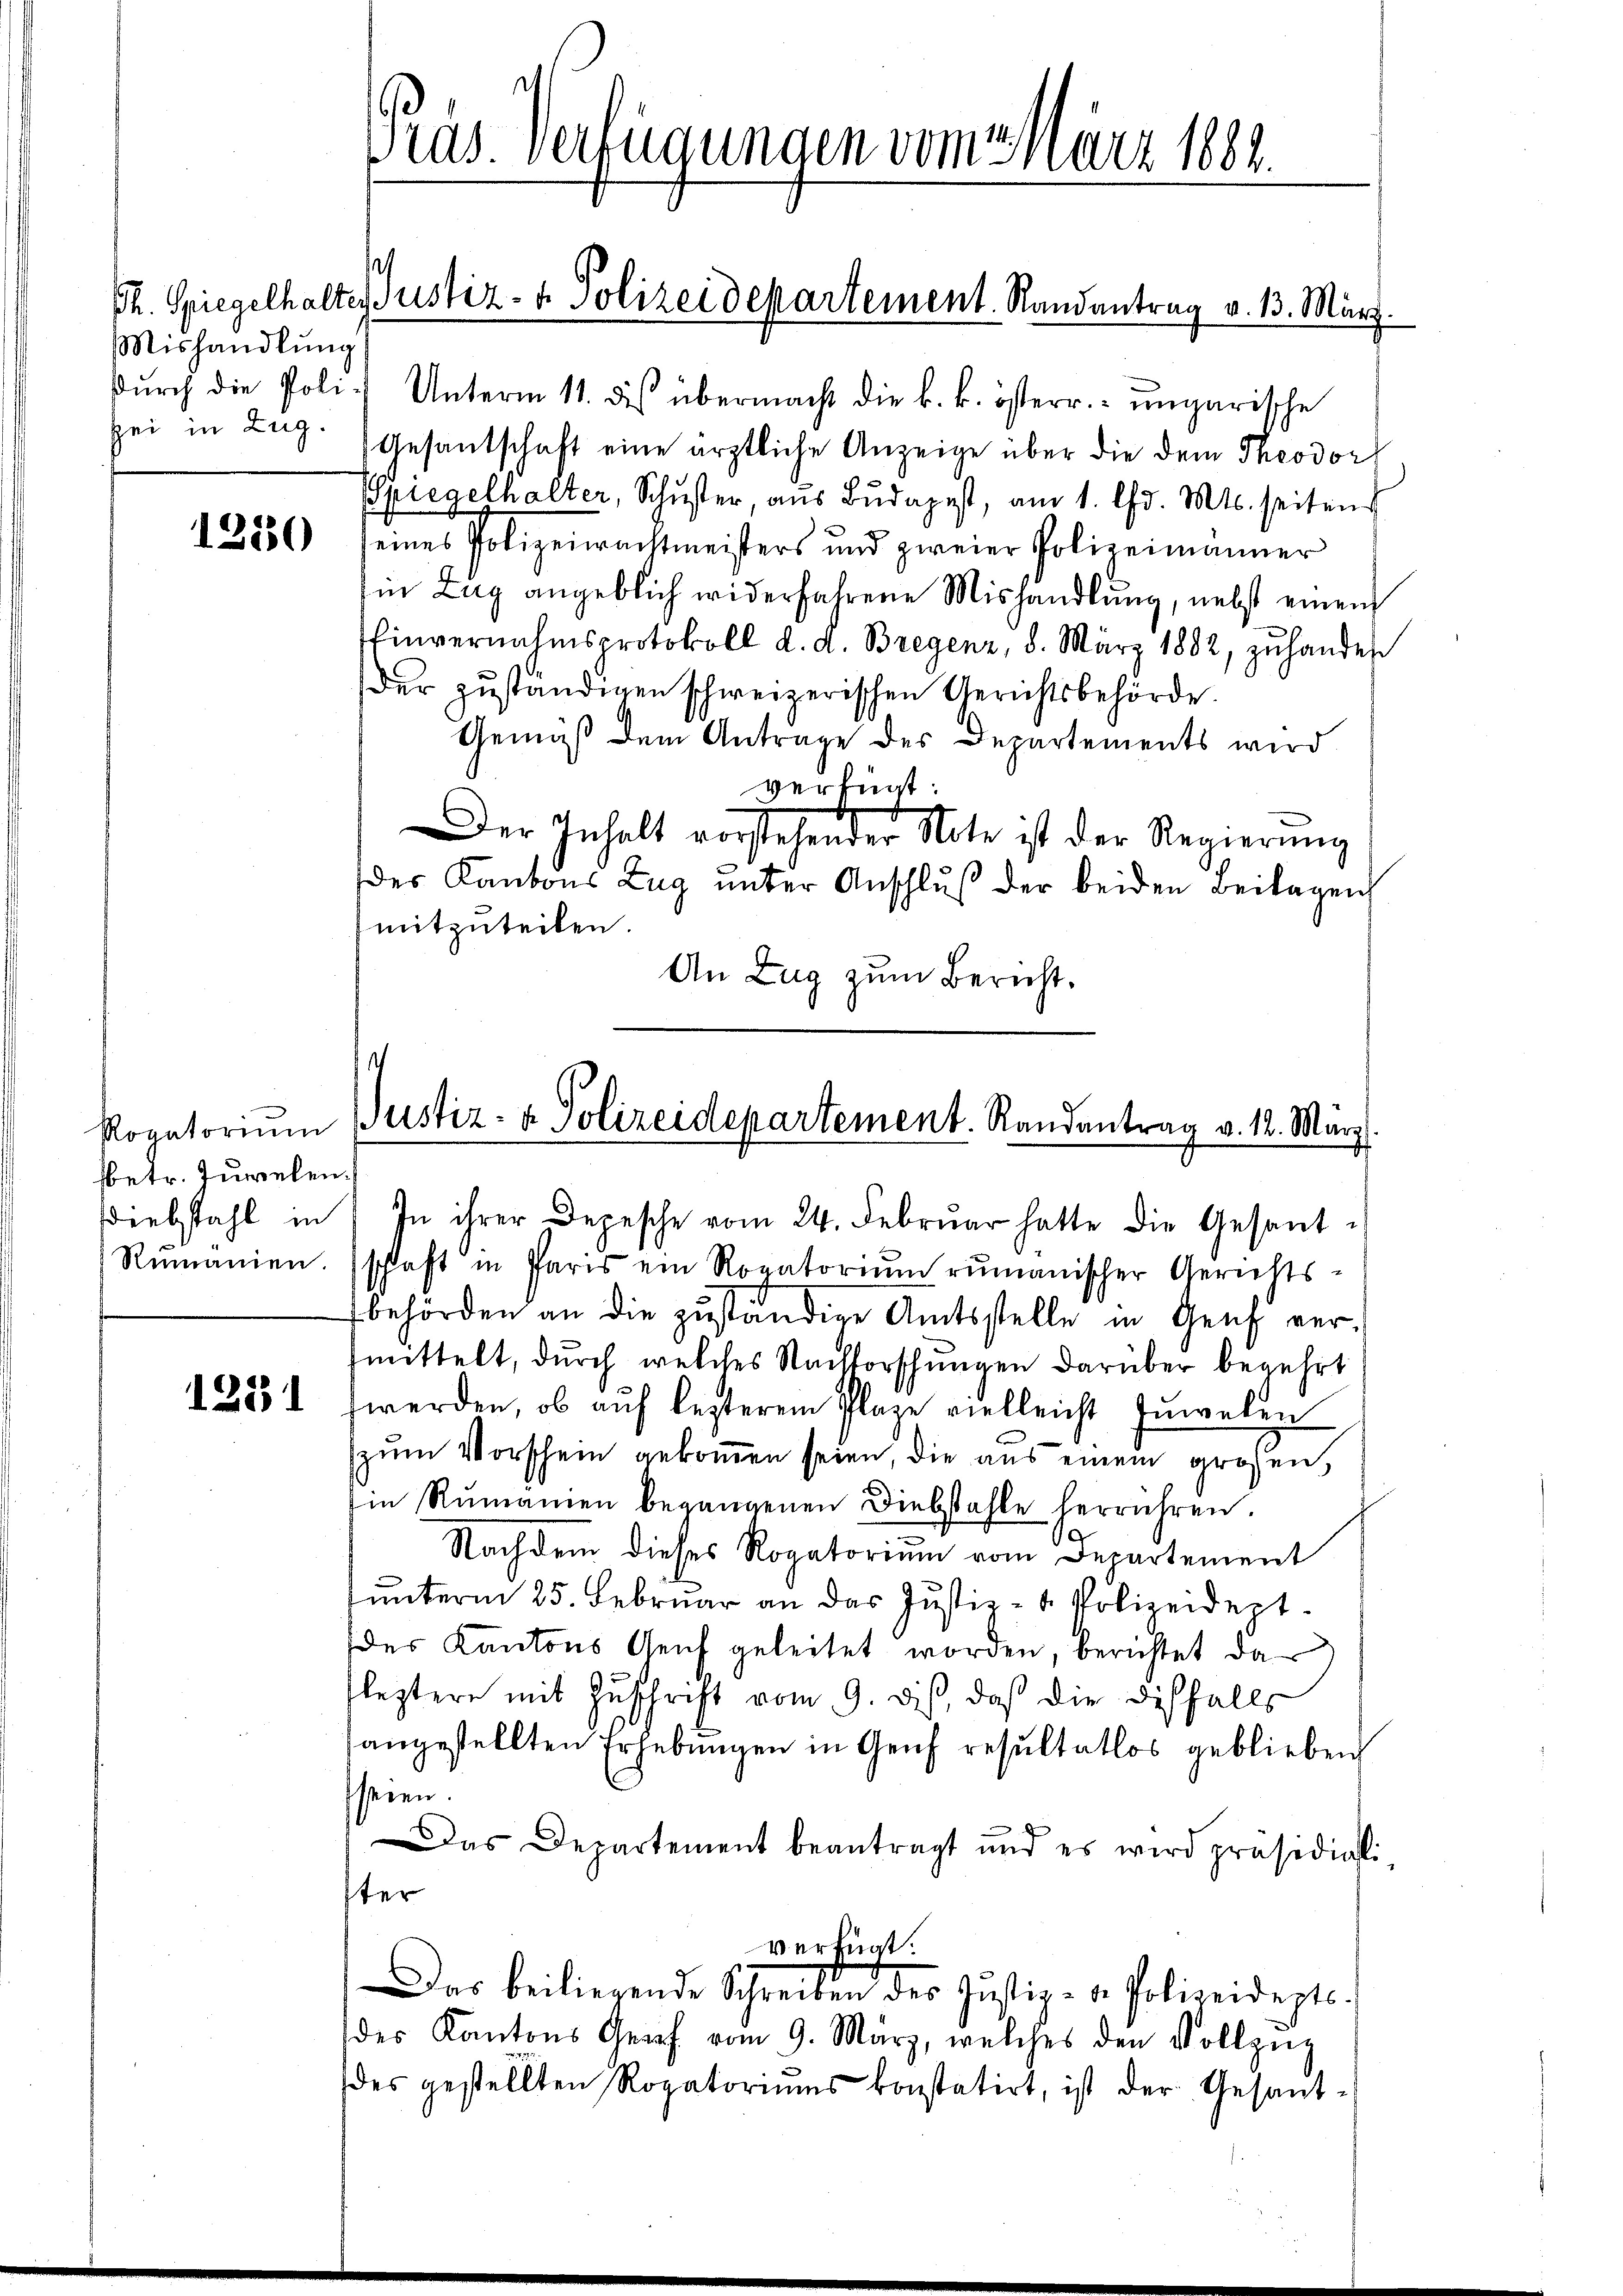
MMishandlung
sei in Zug.

1250

Rogatorium
sbetr. Juwelen.
Diebstahl in
Remanien

1231

Prus. Verfügungen vom März 1883.

e
Ch. Spiegelhalter Justiz- & Polizeidepartement. Randantrag v. 13. März.

dŭrch die Poli- Unterm 11. des übermacht die k. k. österr. ungarische
Gesantschaft eine ärztliche Anzeige über die dem Theodor
Spiegelhalter, Schŭster, aŭs Budapest, am 1. Chr. Mts. seitens
seines Polizeiwachtmeisters und zweier Polizeimänner
Ein Zug angeblich widerfahrene Mishandlung, nebst einem
Einvernahmsprotokoll d. d. Bregenz, 8. März 1882, zŭ handes
der zuständigen schweizerischen Gerichtsbehörde.
Gemäß dem Antrage des Departements wird
verfügt:
Der Inhalt vorstehender Note ist der Regierŭng
der Kantons Zug unter Anschluß der beiden Beilagen
mitzuteilen.
An Zug zum Bericht.

s
Justiz- & Polizeidepartement. Randantrag v. 12. März

In ihrer Depesche vom 24. Februar hatte die Gesantschlaft in Paris ein Rovatorium rumanischer Gerichts-
behörden an die zuständige Amtsstelle in Genf ver-
fmittelt, durch welches Nachforschungen darüber begehrt
werden, ob auf lezterem Plaze vielleicht Juwelen
zum Vorschein gekommen seien, die aus einem großen
Ein Rŭmanien begangenen Diebstahle herrühren.
Nachdem dieses Rogatorium vom Departement
unterm 25. Februar an das Justiz- & Polizeidept.
(des Kantons Geich geleitet worden, berichtet dar
leztere mit Zuschrift vom 9. dis, daß die disfalls
angestellten Erhebungen in Genf resultatlos geblieben
seien.
Das Departement beantragt und es wird präsidiali
ster
verfügt:
Das beiliegende Schreiben des Justiz- & Polizeideptsdes Kantons Graf vom 9. März, welches den Vollzŭg
des gestellten Rogatoriums konstatirt, ist der Gesand¬